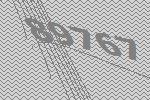
89767